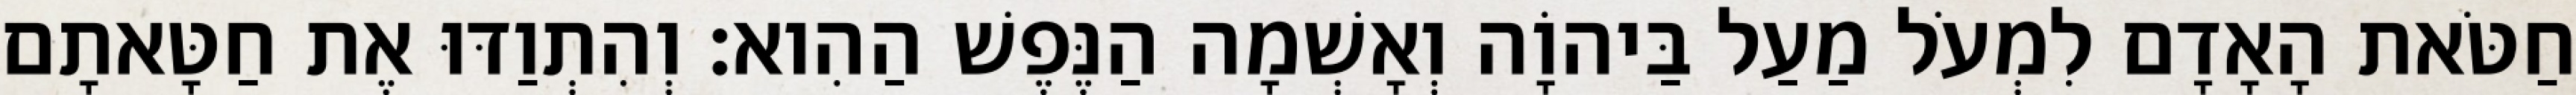
חַטֹּאת הָאָדָם לִמְעֹל מַעַל בַּיהוָֹה וְאָשְׁמָה הַנֶּפֶשׁ הַהִוא׃ וְהִתְוַדּוּ אֶת חַטָּאתָם